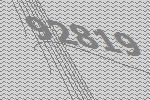
92819